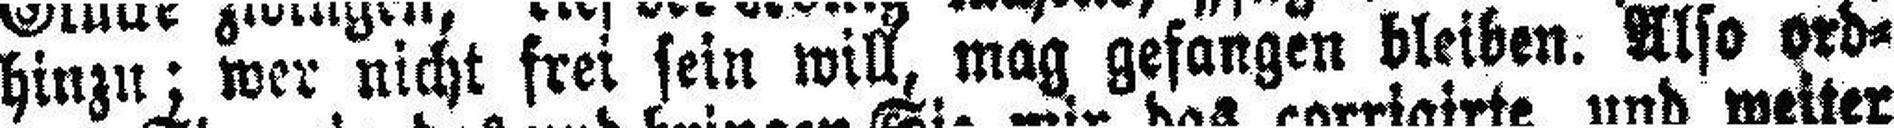
hinzu; wer nicht frei sein will, mag gefangen bleiben. Also ord¬